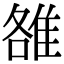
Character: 雒